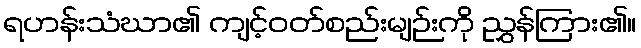
ရဟန်းသံဃာ၏ ကျင့်ဝတ်စည်းမျဉ်းကို ညွှန်ကြား၏။